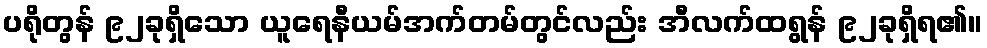
ပရိုတွန် ၉၂ခုရှိသော ယူရေနီယမ်အက်တမ်တွင်လည်း အီလက်ထရွန် ၉၂ခုရှိရ၏။